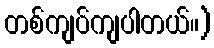
တစ်ကျပ်ကျပါတယ်။)